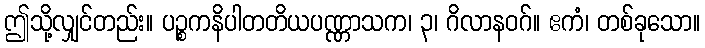
ဤသို့လျှင်တည်း။ ပဉ္စကနိပါတတိယပဏ္ဏာသက၊ ၃၊ ဂိလာနဝဂ်။ ဧကံ၊ တစ်ခုသော။